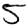
Digit: 5